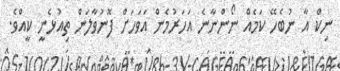
ނިކް އާ ނުބެހޭ ކަމެއް ނޯންނާނެ އަހަރުމެން އަވަހަށް ފޮނުވާލަން ތިއުޅެނީ ކީއްވެ.